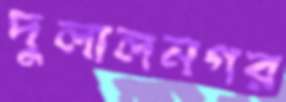
দুলালনগর